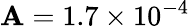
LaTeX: \mathbf{A}=1.7\times10^{-4}